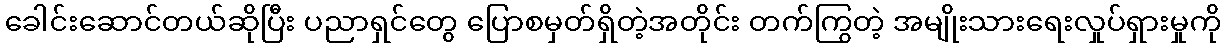
ခေါင်းဆောင်တယ်ဆိုပြီး ပညာရှင်တွေ ပြောစမှတ်ရှိတဲ့အတိုင်း တက်ကြွတဲ့ အမျိုးသားရေးလှုပ်ရှားမှုကို